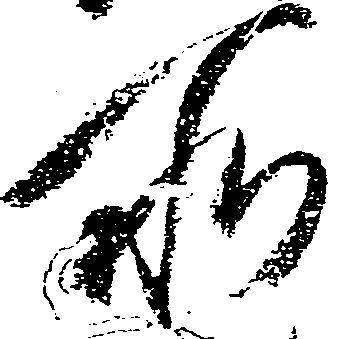
所